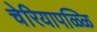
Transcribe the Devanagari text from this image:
चेरियापळ्ळि